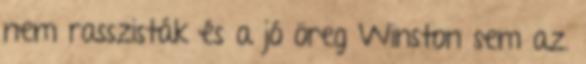
nem rasszisták és a jó öreg Winston sem az.